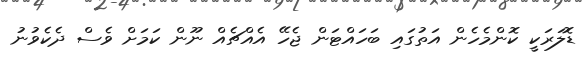
ޑޮލަރަކީ ކޮންމެހެން އަތުގައި ބަހައްޓަން ޖެހޭ އެއްޗެއް ނޫން ކަމަށް ވެސް ދެކެވުނު